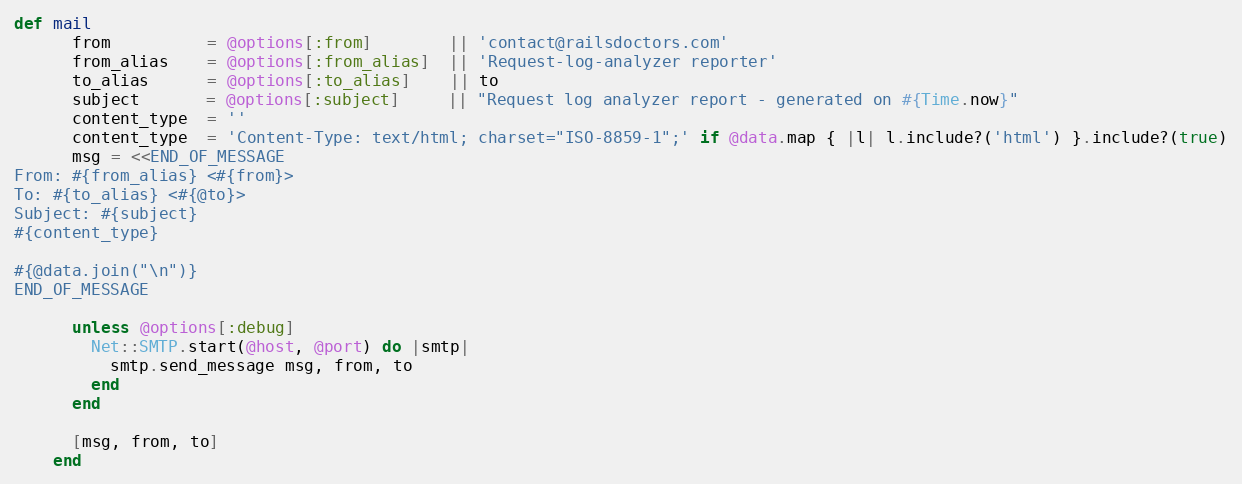
Language: Ruby
def mail
      from          = @options[:from]        || 'contact@railsdoctors.com'
      from_alias    = @options[:from_alias]  || 'Request-log-analyzer reporter'
      to_alias      = @options[:to_alias]    || to
      subject       = @options[:subject]     || "Request log analyzer report - generated on #{Time.now}"
      content_type  = ''
      content_type  = 'Content-Type: text/html; charset="ISO-8859-1";' if @data.map { |l| l.include?('html') }.include?(true)
      msg = <<END_OF_MESSAGE
From: #{from_alias} <#{from}>
To: #{to_alias} <#{@to}>
Subject: #{subject}
#{content_type}

#{@data.join("\n")}
END_OF_MESSAGE

      unless @options[:debug]
        Net::SMTP.start(@host, @port) do |smtp|
          smtp.send_message msg, from, to
        end
      end

      [msg, from, to]
    end